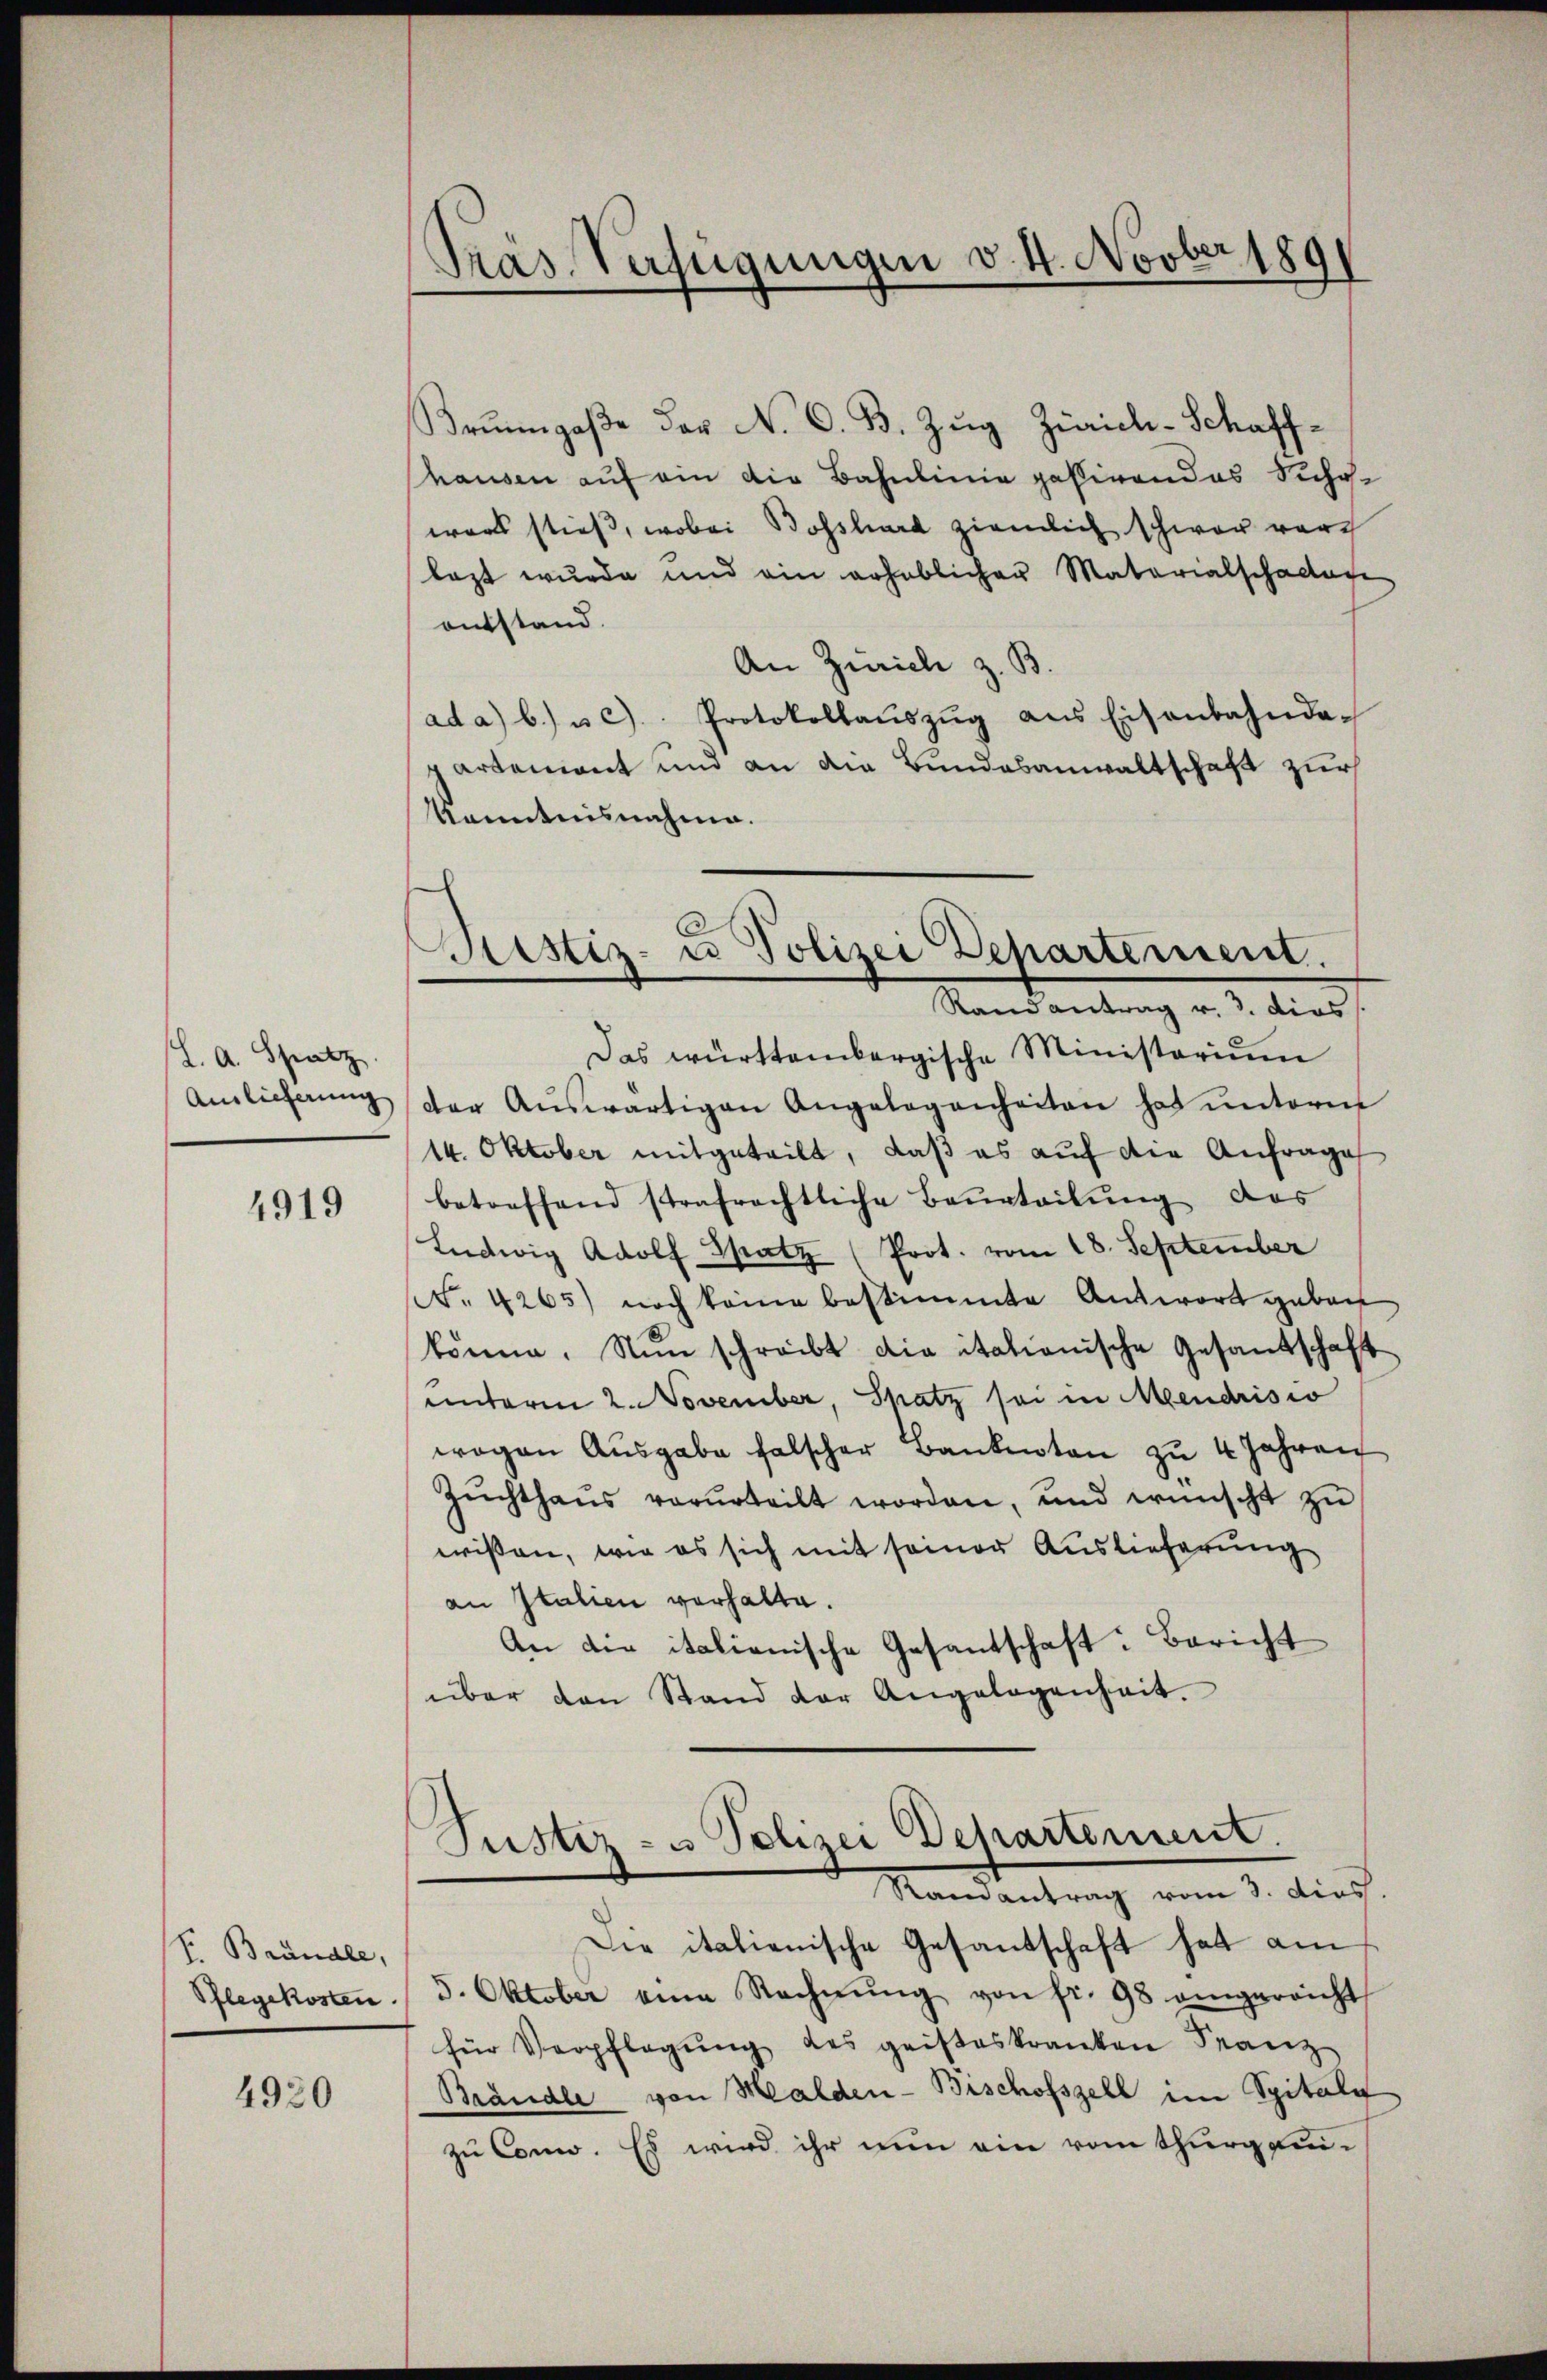
L. A. Spatz.
Amlicherung

4919

f. Brändle,
Pflegekosten

4920

Pras Verfügungen v. 4. Novber 1891

Brunngaße der N. O. B. Zug Zürich-Schaffhausen auf ein die Bahnlinie passiven das Sichewars stieß, wobei Bossard ziemlich schwer vor
lazt wurde und ein erheblichen Materialschadlage
entstand.
An Zürich z. B.
ad a) b.) u. c). Protokollaŭszŭg ans Eisenbahnda-
partement und an die Bundesanwaltschaft zur
Kenntnisnahme.
Randantrag v. 3. dies
Das württembergische Ministerium
der Aŭswärtigen Angelegenheiten hat ŭnterm
14. Oktober mitgeteilt, daß es auf die Anfrage
betreffend strafrechtliche Baŭrteilŭng des
Ludwig Adolf Spatz (Prot. vom 18. September
t. 4265) noch keine bestimmte Antwort gebot
könne. Nun schreibt die itationische Gesandschaft
unterm 2. November, Spatz sei in Mendrisio
wogen Ausgabe falscher Bankenten zu 4 Jahren
Zŭchthaŭs verurteilt worden, und wünscht zŭ
wissen, wie es sich mit seiner Auslieferung
an Italien verhalte.
An die italienische Gesantschaft: Bericht
über den Stand der Angelegenheit.

Sistiz- u Polizei Departement.

.
Justiz- u Polizei Departement.
Ramantrag vom 3. dies.

Die italienische Gesandschaft hat am
5. Oktober eine Rechnŭng von fr. 98 angereicht
für Verpflegŭng des geisteskranken Franz
Brändle von Halden-Bischofszell im Spitals
zu Conno. Es wird ihr nun ein vom Thurgau¬